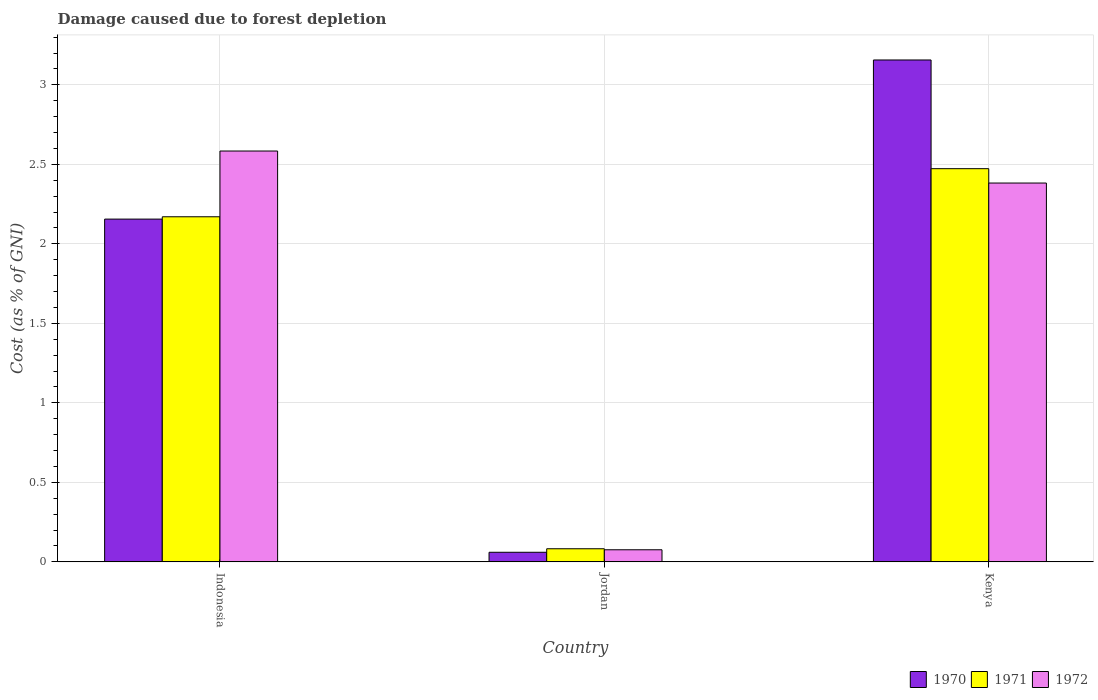
| Country | 1970 | 1971 | 1972 |
 | --- | --- | --- | --- |
 | Indonesia | 2.16 | 2.17 | 2.58 |
 | Jordan | 0.0604 | 0.0825 | 0.0761 |
 | Kenya | 3.16 | 2.47 | 2.38 |